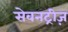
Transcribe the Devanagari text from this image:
सेवनट्रीज़